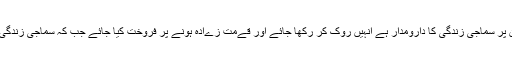
احتکار کے معنى ہيںکہ غلات اور اجناس کى طرح کى وہ اشياء جن پر سماجى زندگى کا دارومدار ہے انہيں روک کر رکھا جائے اور قےمت زےادہ ہونے پر فروخت کيا جائے جب کہ سماجى زندگى خطر ہ ميں ہو اور دوسرا کوئى اس کمى کا پورا کرنے والا نہ ہو ۔